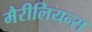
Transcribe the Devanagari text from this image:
मैरीलियन्स